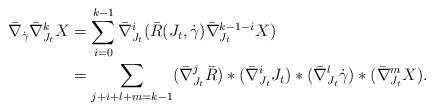
LaTeX: \begin{align*} \bar\nabla_{\dot\gamma} \bar\nabla_{J_t}^k X&= \sum_{i=0}^{k-1} \bar\nabla_{J_t}^i (\bar R(J_t, \dot\gamma) \bar\nabla_{J_t}^{k-1-i} X) \\ &= \sum_{j+i+l+m = k-1}( \bar\nabla_{J_t}^j \bar R) * (\bar\nabla_{J_t}^iJ_t) *( \bar\nabla_{J_t}^l\dot\gamma )* (\bar\nabla_{J_t} ^{m} X).\end{align*}